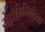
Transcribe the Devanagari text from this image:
सेट्रोसिम्मिट्रिक